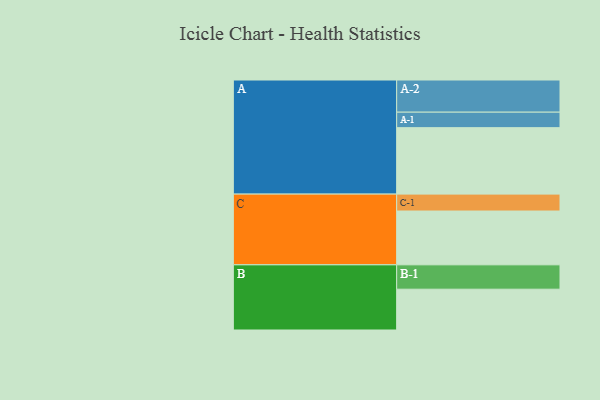
{"axis": {"x": "Segment", "y": "Value"}, "legend": ["", "A", "B", "C"], "data": [{"x": "A", "y": 562, "type": ""}, {"x": "B", "y": 345, "type": ""}, {"x": "C", "y": 455, "type": ""}, {"x": "A-1", "y": 131, "type": "A"}, {"x": "A-2", "y": 272, "type": "A"}, {"x": "B-1", "y": 206, "type": "B"}, {"x": "C-1", "y": 143, "type": "C"}]}